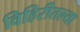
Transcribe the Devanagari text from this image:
विहिरीतल्या